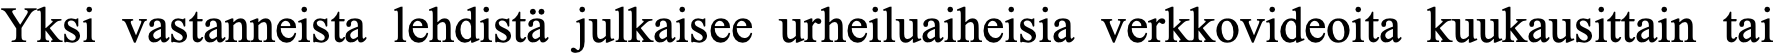
Yksi vastanneista lehdistä julkaisee urheiluaiheisia verkkovideoita kuukausittain tai